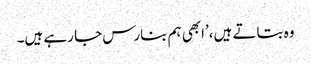
وہ بتاتے ہیں،’ابھی ہم بنارس جا رہے ہیں۔